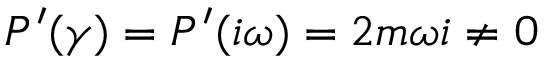
P ^ { \prime } ( \gamma ) = P ^ { \prime } ( i \omega ) = 2 m \omega i \neq 0